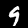
Label: 9